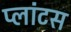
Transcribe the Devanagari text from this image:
प्लांटस